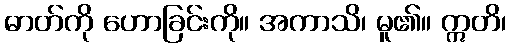
ဓာတ်ကို ဟောခြင်းကို။ အကာသိ၊ မူ၏။ ဣတိ၊